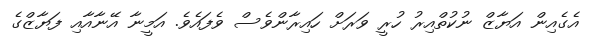
އެގެއިން އަޔާޒް ނުކުތްއިރު ހުރީ ވަރަށް ހައިރާންވެސް ވެފައެވެ. އަމީނާ އޭނާއާއި ފަޔާޒްގެ